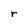
Character: r